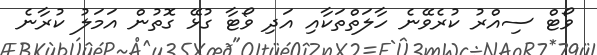
ވޯޓް ސިއްރު ކުރެވޭނެ ހާލަތްތަކާއި އަދި ވޯޓާ ގުޅޭ ގޮތުން އަމަލު ކުރާނެ